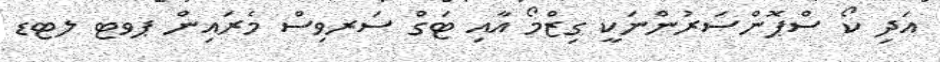
އަދި ކޯ ސްޕޮންސަރުންނަކީ ގިޒްމޯ އާއި ޓަގް ސަރވިސް މެރައިން ޕވޓ ލޓޑ